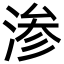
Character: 渗